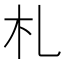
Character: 札